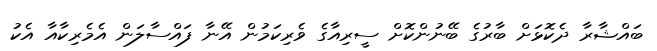
ބައްޝާރާ ދެކޮޅަށް ބާރުގެ ބޭނުންކޮށް ސީރިއާގެ ވެރިކަމުން އޭނާ ފައްސާލަން އެމެރިކާއާ އެކު